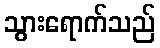
သွားရောက်သည်